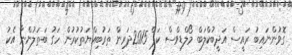
ގޮވުންނައިބު ރައީސް އަދީބުކްލަބް މޯލްޑިވްސް ކަޕް 2015ދަރިން ތަރުބިއްޔަތުކުރުން ހަގު ބަތަލުންނާ އެކު